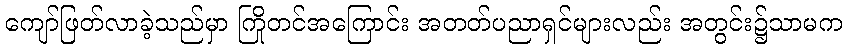
ကျော်ဖြတ်လာခဲ့သည်မှာ ကြိုတင်အကြောင်း အတတ်ပညာရှင်များလည်း အတွင်း၌သာမက